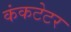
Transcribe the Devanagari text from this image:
कंकटेटर